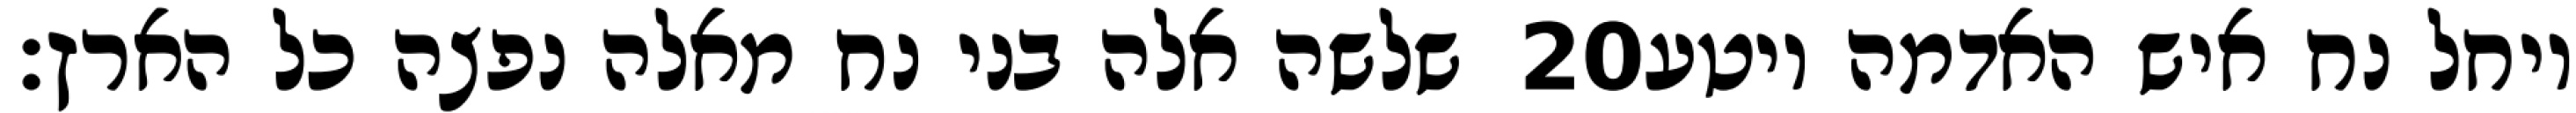
שלשה אלה בני נח מאלה נפצה כל הארץ׃ ‎20‏ ויחל נח איש האדמה ויטע